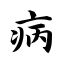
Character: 病